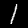
Label: 1